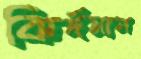
কির্দমান